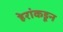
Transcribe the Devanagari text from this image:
हेरांकडून